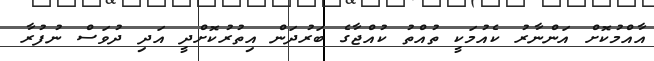
އާއްމުކޮށް އަންނާރު ކެއުމަކީ ތުއްތު ކުއްޖާގެ ބަރުދަން އިތުރުކޮށްދީ އަދި ދުވަސް ނުފުރާ